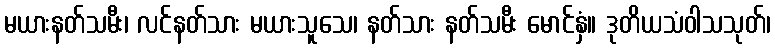
မယားနတ်သမီး၊ လင်နတ်သား မယားသူသေ၊ နတ်သား နတ်သမီး မောင်နှံ။ ဒုတိယသံဝါသသုတ်၊